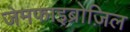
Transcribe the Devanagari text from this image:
जेमफाइब्रोज़िल